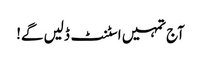
آج تمہیں اسٹنٹ ڈلیں گے!